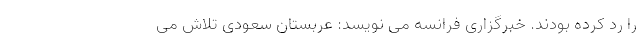
را رد کرده بودند. خبرگزاری فرانسه می نویسد: عربستان سعودی تلاش می